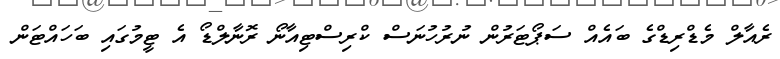
ރެއާލް މެޑްރިޑްގެ ބައެއް ސަޕޯޓަރުން ނުރުހުނަސް ކްރިސްޓިއާނޯ ރޮނާލްޑޯ އެ ޓީމުގައި ބަހައްޓަން